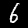
Digit: 6